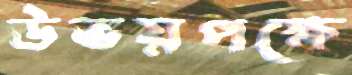
উভয়পক্ষে